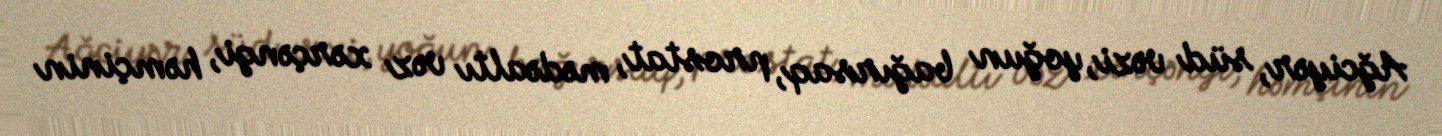
Ağciyər, süd vəzi, yoğun bağırsaq, prostat, mədəaltı vəz xərçəngi, həmçinin